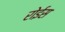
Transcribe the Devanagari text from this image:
रोईस